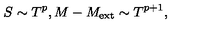
S \sim T ^ { p } , M - M _ { \mathrm { e x t } } \sim T ^ { p + 1 } ,